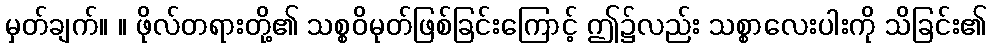
မှတ်ချက်။ ။ ဖိုလ်တရားတို့၏ သစ္စဝိမုတ်ဖြစ်ခြင်းကြောင့် ဤ၌လည်း သစ္စာလေးပါးကို သိခြင်း၏